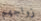
زواجهم